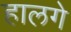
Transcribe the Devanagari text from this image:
हालगे